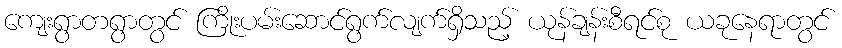
ကျေးရွာတရွာတွင် ကြိုးပမ်းဆောင်ရွက်လျက်ရှိသည့် ယုန်ချန်းစီရင်စု ယခုနေရာတွင်